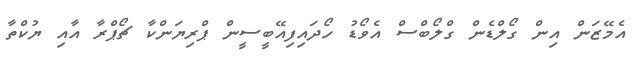
އެމޭޒަން އިން ގޯލްޑެން ގްލޯބްސް އެވޯޑު ހޯދައިފިއޭބީސީން ޕްރިޔަންކާ ޗޯޕްރާ އާއި ޔުކްތާ